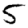
Digit: 5